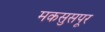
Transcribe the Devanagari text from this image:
मकसुसपूर